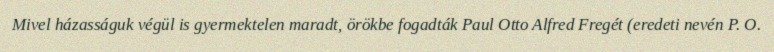
Mivel házasságuk végül is gyermektelen maradt, örökbe fogadták Paul Otto Alfred Fregét (eredeti nevén P. O.